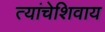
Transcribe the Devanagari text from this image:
त्यांचेशिवाय